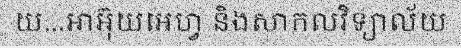
យ...អាអ៊ុយអេហ្វ និងសាកលវិទ្យាល័យ